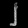
Digit: ၂